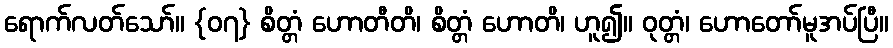
ရောက်လတ်သော်။ {၀၇} စိတ္တံ ဟောတီတိ၊ စိတ္တံ ဟောတိ၊ ဟူ၍။ ဝုတ္တံ၊ ဟောတော်မူအပ်ပြီ။